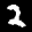
Label: 2